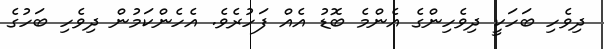
ދިވެހި ބަހަކީ ދިވެހިންގެ އެންމެ ބޮޑު އެއް ފަހުރެވެ. އެހެންކަމުން ދިވެހި ބަހުގެ